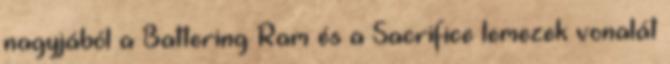
nagyjából a Battering Ram és a Sacrifice lemezek vonalát